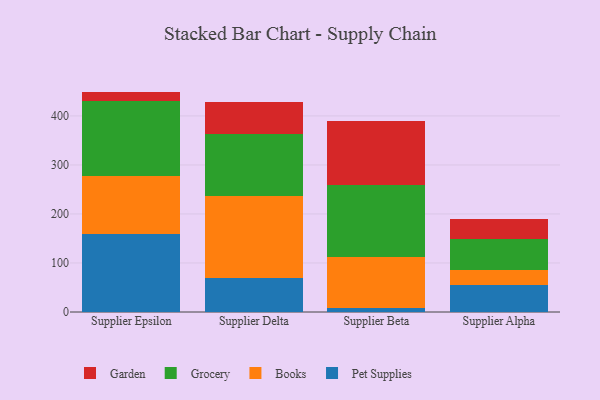
{"axis": {"x": "Supplier", "y": "Shipments"}, "legend": ["Books", "Garden", "Grocery", "Pet Supplies"], "data": [{"x": "Supplier Epsilon", "y": 159.7, "type": "Pet Supplies"}, {"x": "Supplier Epsilon", "y": 117.7, "type": "Books"}, {"x": "Supplier Epsilon", "y": 152.4, "type": "Grocery"}, {"x": "Supplier Epsilon", "y": 19.8, "type": "Garden"}, {"x": "Supplier Delta", "y": 69.8, "type": "Pet Supplies"}, {"x": "Supplier Delta", "y": 166.8, "type": "Books"}, {"x": "Supplier Delta", "y": 127.3, "type": "Grocery"}, {"x": "Supplier Delta", "y": 64.3, "type": "Garden"}, {"x": "Supplier Beta", "y": 8.4, "type": "Pet Supplies"}, {"x": "Supplier Beta", "y": 103.9, "type": "Books"}, {"x": "Supplier Beta", "y": 146.2, "type": "Grocery"}, {"x": "Supplier Beta", "y": 130.3, "type": "Garden"}, {"x": "Supplier Alpha", "y": 56.1, "type": "Pet Supplies"}, {"x": "Supplier Alpha", "y": 30.2, "type": "Books"}, {"x": "Supplier Alpha", "y": 63.2, "type": "Grocery"}, {"x": "Supplier Alpha", "y": 40.4, "type": "Garden"}]}